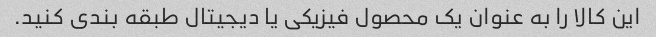
این کالا را به عنوان یک محصول فیزیکی یا دیجیتال طبقه بندی کنید.